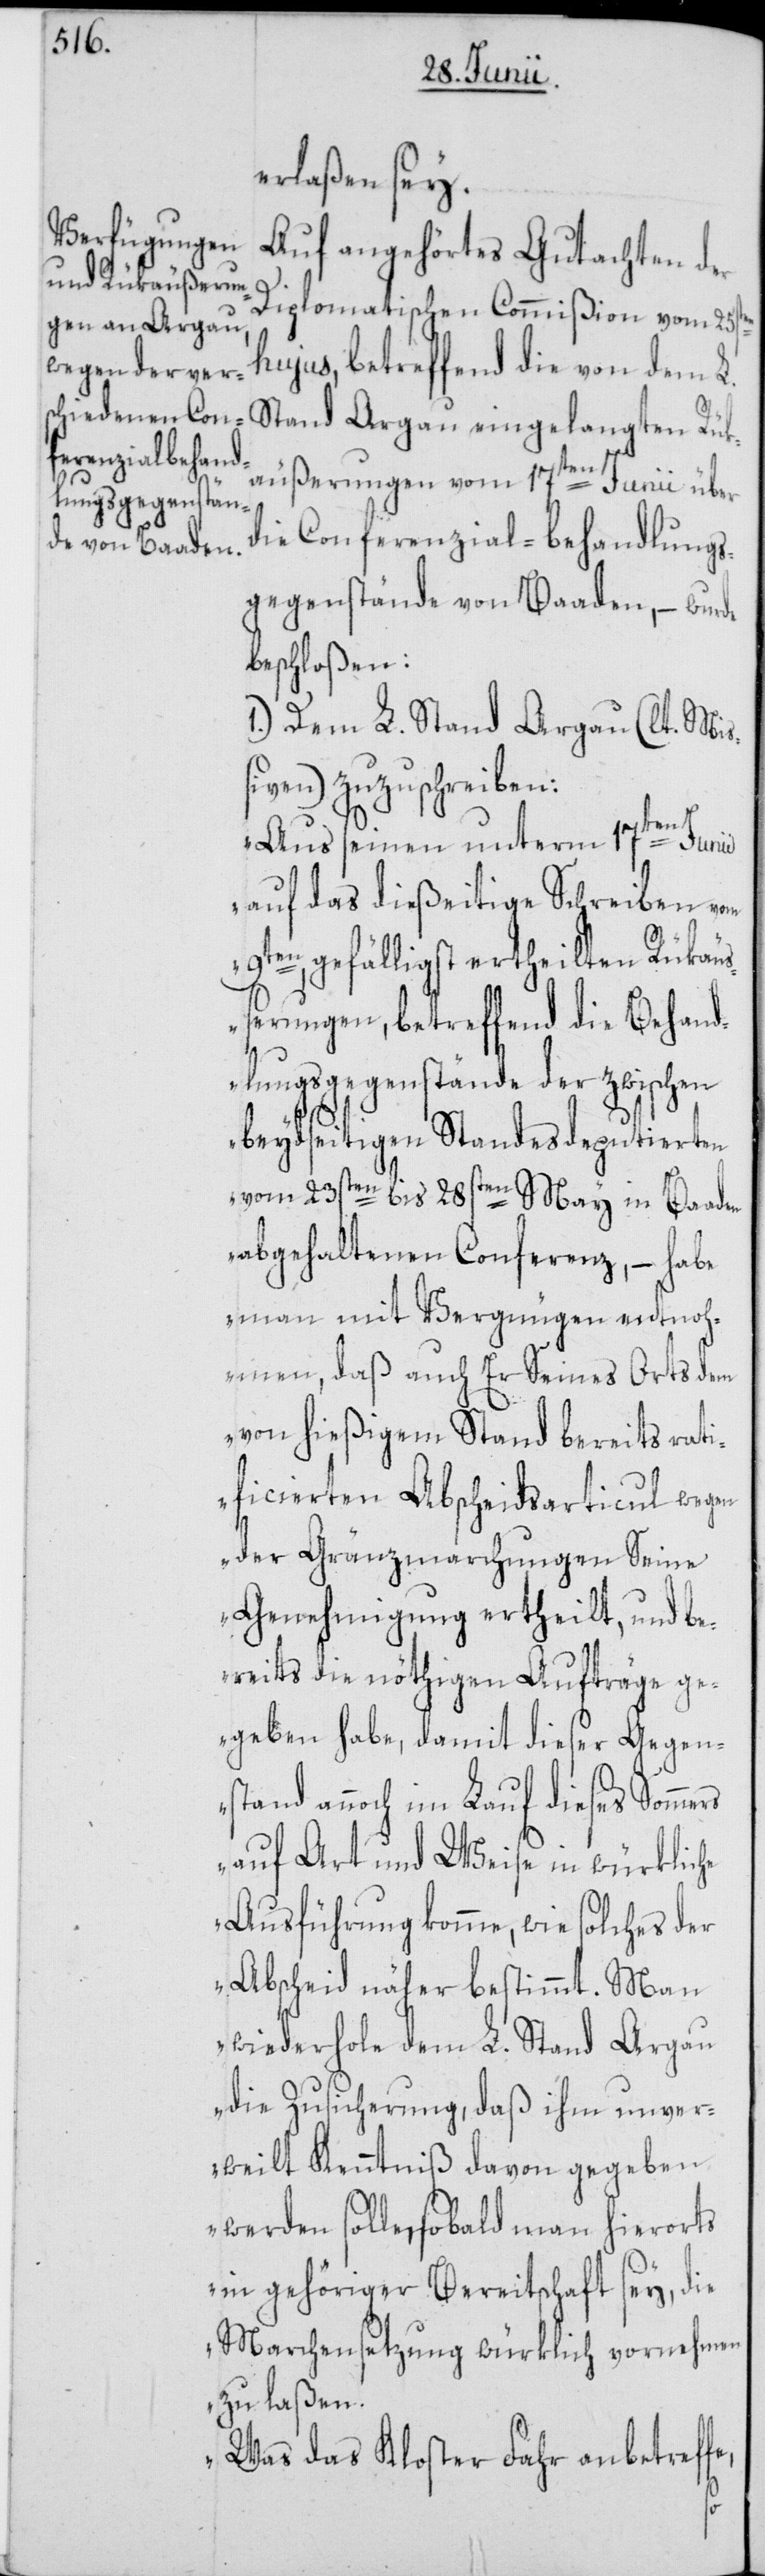
erlaßen sey.
Auf angehörtes Gutachten der
Diplomatischen Commißion vom 25sten
hujus, betreffend die von dem L.
Stand Argau eingelangten Rük¬
äußerungen vom 17ten Junii über
die Conferenzial-behandlungs¬
gegenstände von Baaden, – wurde
beschloßen:
1.) Dem L. Stand Argau (lt. Mi¬
ßiven) zuzuschreiben:
„Aus seinen unterm 17ten Junii
auf das dießeitige Schreiben vom
9ten gefälligst ertheilten Rükäuß¬
erungen, betreffend die Behand¬
lungsgegenstände der zwischen
beydseitigen Standesdeputierten
vom 23sten bis 28sten May in Baaden
abgehaltenen Conferenz, – habe
man mit Vergnügen entnoh¬
men, daß auch Er Seines Orts dem
von hießigem Stand bereits rati¬
ficierten Abscheidsarticul wegen
der Gränzmarchungen Seine
Genehmigung ertheilt, und be¬
reits die nöthigen Aufträge ge¬
geben habe, damit dieser Gegen¬
stand annoch im Lauf dieses Somme¬
rs auf Art und Weise in würkliche
Ausführung komme, wie solches der
Abscheid näher bestimmt. Man
wiederhole dem L. Stand Argau
die Zusicherung, daß ihm unver¬
weilt Kenntniß davon gegeben
werden solle, sobald man hierorts
in gehöriger Bereitschaft sey, die
Marchensetzung würklich vornehmen
zu laßen.
Was das Kloster Fahr anbetreffe,